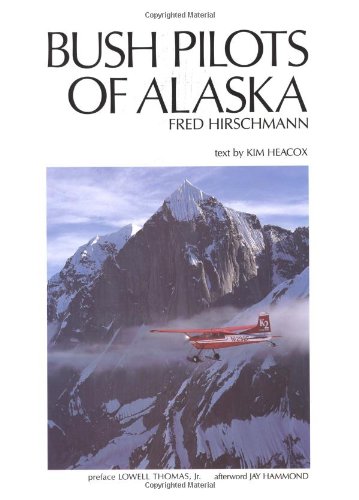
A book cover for Bush Pilots of Alaska; Kim Heacox; Arts & Photography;